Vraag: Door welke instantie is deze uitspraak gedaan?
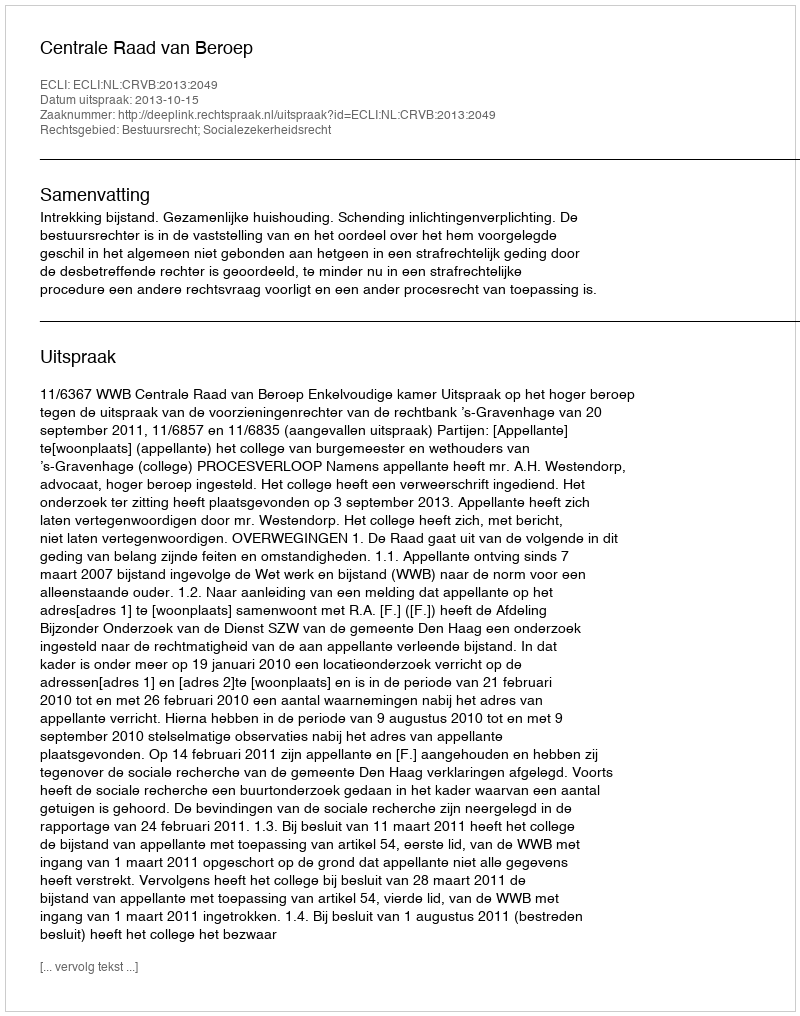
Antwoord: Centrale Raad van Beroep